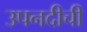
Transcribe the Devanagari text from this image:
उपनदीची